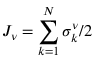
J _ { \nu } = \sum _ { k = 1 } ^ { N } \sigma _ { k } ^ { \nu } / 2